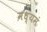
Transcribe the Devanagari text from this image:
मध्यमं